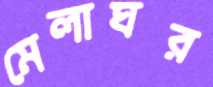
মেলাঘর